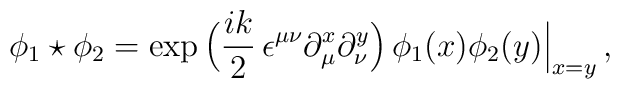
\phi_1\star\phi_2=\exp\,\Bigl(\frac{ik}{2}\,\epsilon^{\mu\nu}\partial_\mu^x\partial_\nu^y\Bigr)\,\phi_1(x)\phi_2(y)\Big\vert_{x=y}\,,